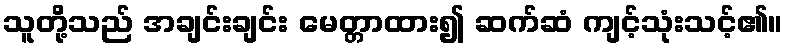
သူတို့သည် အချင်းချင်း မေတ္တာထား၍ ဆက်ဆံ ကျင့်သုံးသင့်၏။